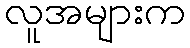
လူအများက